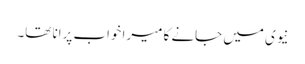
نیوی میں جانے کا میرا خواب پرانا تھا۔